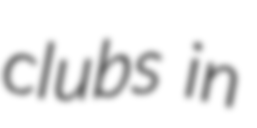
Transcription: clubs in